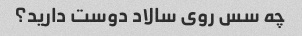
چه سس روی سالاد دوست دارید؟